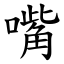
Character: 嘴